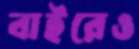
বাইরেও